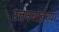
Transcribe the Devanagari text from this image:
रत्तनबाईच्या